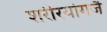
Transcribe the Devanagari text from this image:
शरीरयोगजै